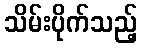
သိမ်းပိုက်သည့်